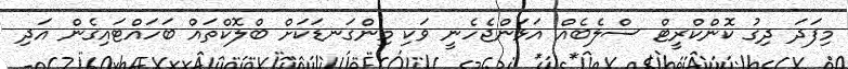
މިފަދަ ދިގު ކޮންކްރީޓް ސްލެބެއް އަޅަންޖެހެނީ ވަކި މިންގަނޑަކަށް ބްލޮކްތައް ބަހައްޓައިގެން އަދި